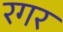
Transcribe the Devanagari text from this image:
रगर